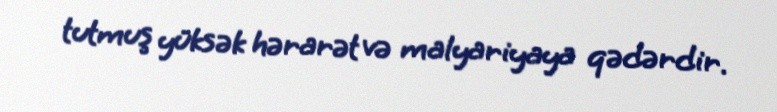
tutmuş yüksək hərarət və malyariyaya qədərdir.